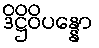
ဒိဋ္ဌိဝိပန္နော